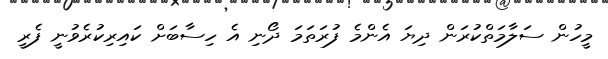
މީހުން ސަލާމަތްކުރަން ދިޔަ އެންމެ ފުރަތަމަ ދޯނި އެ ހިސާބަށް ކައިރިކުރެވުނީ ފެރީ